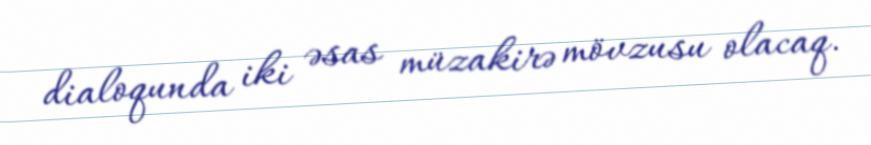
dialoqunda iki əsas müzakirə mövzusu olacaq.